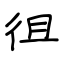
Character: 徂